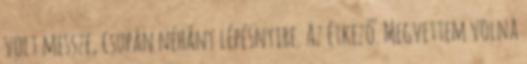
volt messze, csupán néhány lépésnyire. Az étkező. Megvettem volna